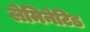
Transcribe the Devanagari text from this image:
लेमिनेटिड